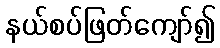
နယ်စပ်ဖြတ်ကျော်၍